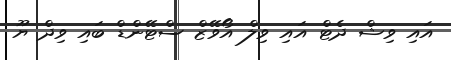
އައި ވިޝް ދެޓް އައި ވިލް އޯވޭޒް ސްޓޭންޑް ބައި ވިދް ޔޫ